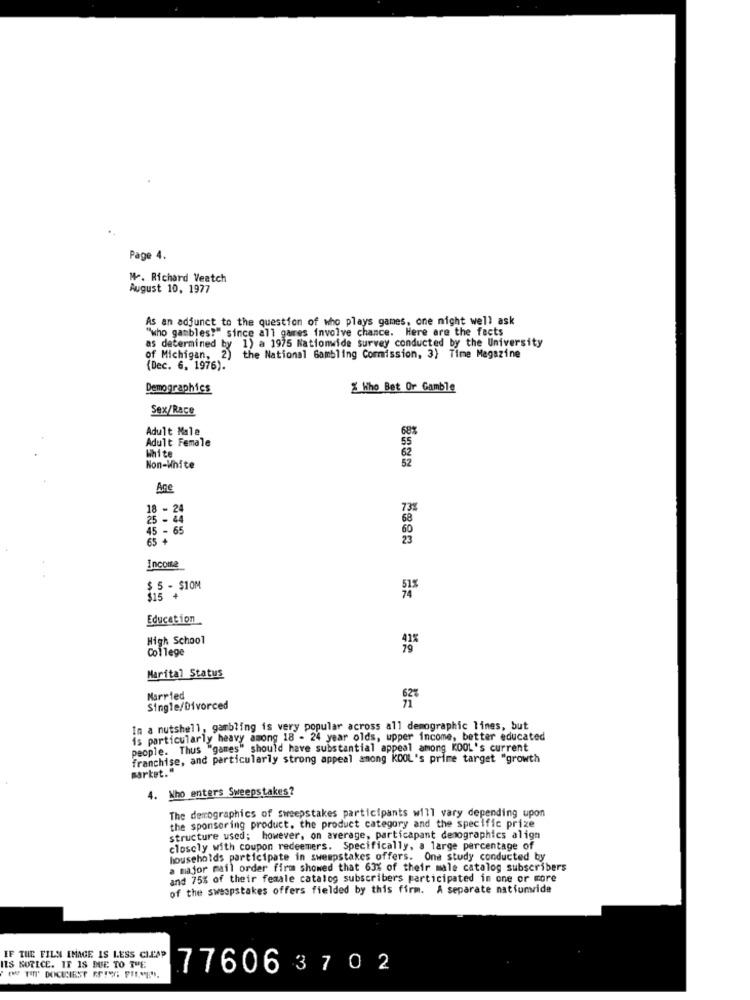
Page 4.
M4. Richard Veatch
August 10, 1977
As an adjunct to the question of who plays games, one night well ask
"who gambles?" since all gares involve chance. Here are the facts
y 1) a 1975 Nationwide survey conducted by the University
as determined by
of Michigan, 2) the National Gambling Commission, 3) Time Magazine
(Dec. 6. 1976).
Demographics
% Who Bet Or Gamble
Sex/Race
68%
Adult Male,
Adult Female
White
62
52
Non-White
Ane
18 - 24
73%
25 - 44
68
45 - 65
65 +
Income
$ 5 - $10M
$15 +
Education
High School
College
Marital Status
Married
Single/Divorced
In a nutshell, gambling is very popular across all demographic lines, but
is particularly heavy among 18 - 24 year olds, upper income, better educated
people. Thus "games" should have substantial appeal among KOOL's current
franchise, and particularly strong appeal among KOOL's prime target "growth
market."
4. Who enters Sweepstakes?
The demographics of sweepstakes participants will vary depending upon
the sponsoring product. the product category and the specific prize
structure used; however, on average, particapant denographics align
closely with coupon redeemers. Specifically, a large percentage of
households participate in sweepstakes offers. One study conducted by
a major mail order firm showed that 63% of their male catalog subscribers
and 75% of their female catalog subscribers participated in one or more
of the sweepstakes offers fielded by this firm. A separate natfumide
IF THE FILN IMAGE IS LESS CLCAP
ILS NOTICE. IF IS DUE TO THE
776063702
( TOT' DOCECIEST REIS PIE"E"